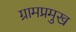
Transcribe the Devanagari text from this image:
ग्रामप्रमुख